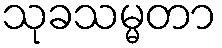
သုခသမ္မတာ